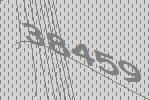
38459